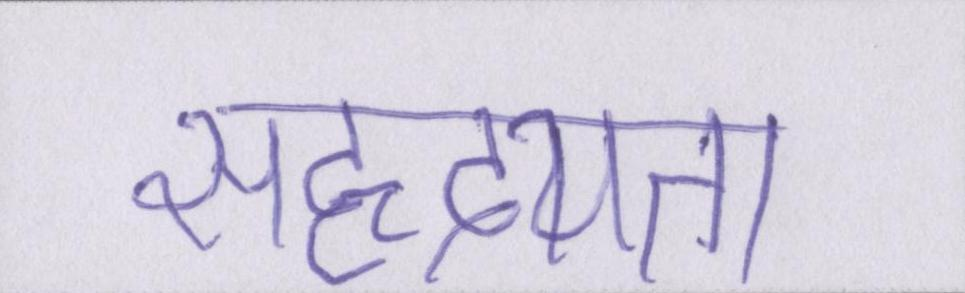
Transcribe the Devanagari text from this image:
सहृदयता